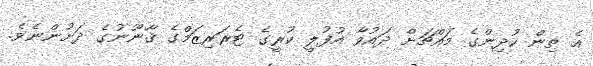
އެ ތިން ކުދިންގެ މައްޗަށް ދައުވާ އުފުލީ ކުރީގެ ޓެރަރިޒަމްގެ ޤާނޫނުގެ ދަށުންނެވެ.